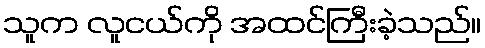
သူက လူငယ်ကို အထင်ကြီးခဲ့သည်။